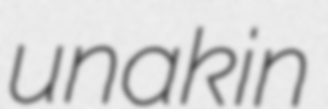
unakin